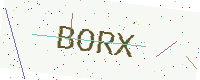
Text: BORX